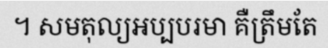
។ សមតុល្យអប្បបរមា គឺត្រឹមតែ